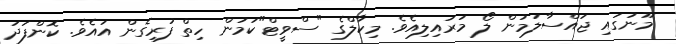
މޫނުގައި ޖައްސާލަމުން ލޯ މަރައިލިއެވެ. މިކާލްގެ "ސްވީޓް"ކަމުން ހިތް ފުރިގެން އައެވެ. ކޮންފަދަ